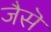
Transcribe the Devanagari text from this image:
जैसॆ